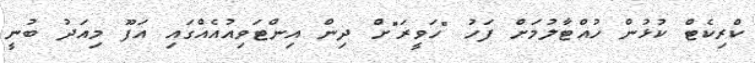
ކްރިކެޓް ކުޅުން ހުއްޓާލުމަށް ފަހު "ހަވީރަ"ށް ދިން އިންޓަވިއުއެއްގައި އަފޫ މިއަދު ބުނީ